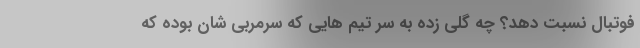
فوتبال نسبت ‌دهد؟ چه گلی زده به سر تیم هایی که سرمربی شان بوده که